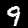
Label: 9